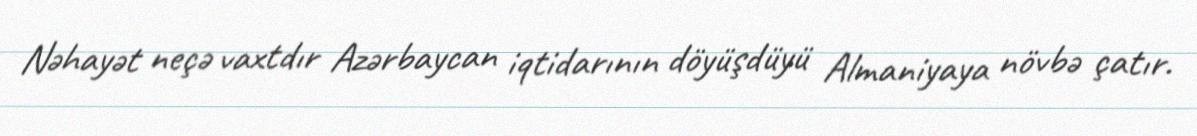
Nəhayət neçə vaxtdır Azərbaycan iqtidarının döyüşdüyü Almaniyaya növbə çatır.